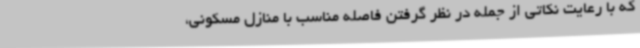
که با رعایت نکاتی از جمله در نظر گرفتن فاصله مناسب با منازل مسکونی،